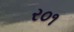
ર૦૧